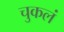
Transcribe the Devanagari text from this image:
चुकलं